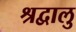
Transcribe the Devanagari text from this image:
श्रद्वालु